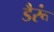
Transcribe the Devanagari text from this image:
डैरूं